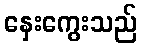
နှေးကွေးသည်